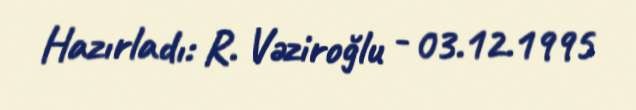
Hazırladı: R. Vəziroğlu - 03.12.1995